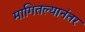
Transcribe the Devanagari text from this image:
मागितल्यानंतर